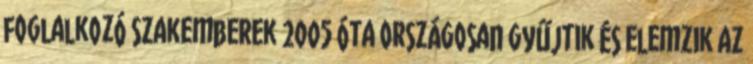
foglalkozó szakemberek 2005 óta országosan gyűjtik és elemzik az